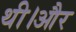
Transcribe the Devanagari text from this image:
थी।और